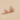
قد